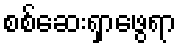
စစ်ဆေးရှာဖွေရာ